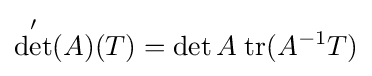
\det '(A)(T)=\det A\;\mathrm {tr} (A^{-1}T)